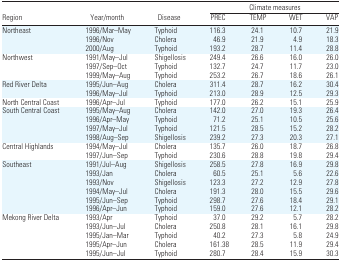
<table><thead><tr><td></td><td></td><td></td><td colspan="4"><b>Climate measures</b></td></tr><tr><td><b>Region</b></td><td><b>Year/month</b></td><td><b>Disease</b></td><td><b>PREC</b></td><td><b>TEMP</b></td><td><b>WET</b></td><td><b>VAP</b></td></tr></thead><tbody><tr><td>Northeast</td><td>1996/Mar–May</td><td>Typhoid</td><td>116.3</td><td>24.1</td><td>10.7</td><td>21.9</td></tr><tr><td></td><td>1996/Nov</td><td>Cholera</td><td>46.9</td><td>21.9</td><td>4.9</td><td>18.3</td></tr><tr><td></td><td>2000/Aug</td><td>Typhoid</td><td>193.2</td><td>28.7</td><td>11.4</td><td>28.8</td></tr><tr><td>Northwest</td><td>1991/May–Jul</td><td>Shigellosis</td><td>249.4</td><td>26.6</td><td>16.0</td><td>26.0</td></tr><tr><td></td><td>1997/Sep–Oct</td><td>Typhoid</td><td>132.7</td><td>24.7</td><td>11.7</td><td>23.0</td></tr><tr><td></td><td>1999/May–Aug</td><td>Typhoid</td><td>253.2</td><td>26.7</td><td>18.6</td><td>26.1</td></tr><tr><td>Red River Delta</td><td>1995/Jun–Aug</td><td>Cholera</td><td>311.4</td><td>28.7</td><td>16.2</td><td>30.4</td></tr><tr><td></td><td>1996/May–Jul</td><td>Typhoid</td><td>213.0</td><td>28.9</td><td>12.5</td><td>29.3</td></tr><tr><td>North Central Coast</td><td>1996/Apr–Jul</td><td>Typhoid</td><td>177.0</td><td>26.2</td><td>15.1</td><td>25.9</td></tr><tr><td>South Central Coast</td><td>1995/May–Aug</td><td>Cholera</td><td>142.0</td><td>27.0</td><td>19.3</td><td>26.4</td></tr><tr><td></td><td>1996/Apr–May</td><td>Typhoid</td><td>71.2</td><td>25.1</td><td>10.5</td><td>25.6</td></tr><tr><td></td><td>1997/May–Jul</td><td>Typhoid</td><td>121.5</td><td>28.5</td><td>15.2</td><td>28.2</td></tr><tr><td></td><td>1998/Aug–Sep</td><td>Shigellosis</td><td>239.2</td><td>27.3</td><td>20.3</td><td>27.1</td></tr><tr><td>Central Highlands</td><td>1994/May–Jul</td><td>Cholera</td><td>135.7</td><td>26.0</td><td>18.7</td><td>26.8</td></tr><tr><td></td><td>1997/Jun–Sep</td><td>Typhoid</td><td>230.6</td><td>28.8</td><td>19.8</td><td>29.4</td></tr><tr><td>Southeast</td><td>1991/Jul–Aug</td><td>Shigellosis</td><td>258.5</td><td>27.8</td><td>16.9</td><td>29.8</td></tr><tr><td></td><td>1993/Jan</td><td>Cholera</td><td>60.5</td><td>25.1</td><td>5.6</td><td>22.6</td></tr><tr><td></td><td>1993/Nov</td><td>Shigellosis</td><td>123.3</td><td>27.2</td><td>12.9</td><td>27.8</td></tr><tr><td></td><td>1994/May–Jul</td><td>Cholera</td><td>191.3</td><td>28.0</td><td>15.5</td><td>29.6</td></tr><tr><td></td><td>1995/Jun–Sep</td><td>Typhoid</td><td>298.7</td><td>27.6</td><td>18.4</td><td>29.1</td></tr><tr><td></td><td>1996/Apr–Jun</td><td>Typhoid</td><td>159.0</td><td>27.6</td><td>12.1</td><td>28.2</td></tr><tr><td>Mekong River Delta</td><td>1993/Apr</td><td>Typhoid</td><td>37.0</td><td>29.2</td><td>5.7</td><td>28.2</td></tr><tr><td></td><td>1993/Jun–Jul</td><td>Cholera</td><td>250.8</td><td>28.1</td><td>16.1</td><td>29.8</td></tr><tr><td></td><td>1995/Jan–Mar</td><td>Typhoid</td><td>40.2</td><td>27.3</td><td>5.8</td><td>24.9</td></tr><tr><td></td><td>1995/Apr–Jun</td><td>Cholera</td><td>161.38</td><td>28.5</td><td>11.9</td><td>29.4</td></tr><tr><td></td><td>1995/Jun–Jul</td><td>Typhoid</td><td>280.7</td><td>28.4</td><td>15.9</td><td>30.3</td></tr></tbody></table>